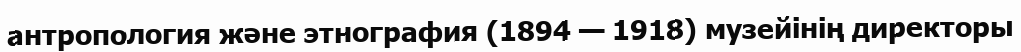
антропология және этнография (1894 — 1918) музейінің директоры